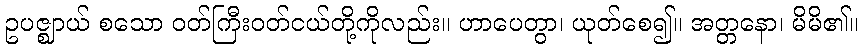
ဥပဇ္ဈာယ် စသော ဝတ်ကြီးဝတ်ငယ်တို့ကိုလည်း။ ဟာပေတွာ၊ ယုတ်စေ၍။ အတ္တနော၊ မိမိ၏။